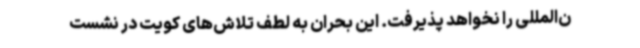
ن‌المللی را نخواهد پذیرفت. این بحران به‌ لطف تلاش‌های کویت در نشست